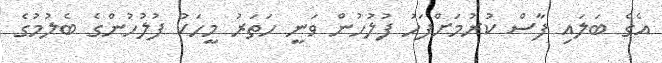
އެގެ ބަލައި ފާސް ކުރުމަށްފަހު ފުލުހުން ވަނީ ހަތަރު މީހަކު ފުލުހުންގެ ބެލުމުގެ